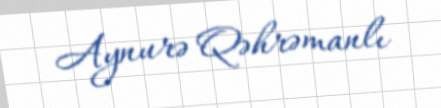
Aynurə Qəhrəmanlı